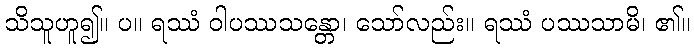
သိသူဟူ၍။ ပ။ ရဿံ ဝါပဿသန္တော၊ သော်လည်း။ ရဿံ ပဿသာမိ၊ ၏။